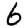
Digit: 6